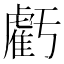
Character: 虧